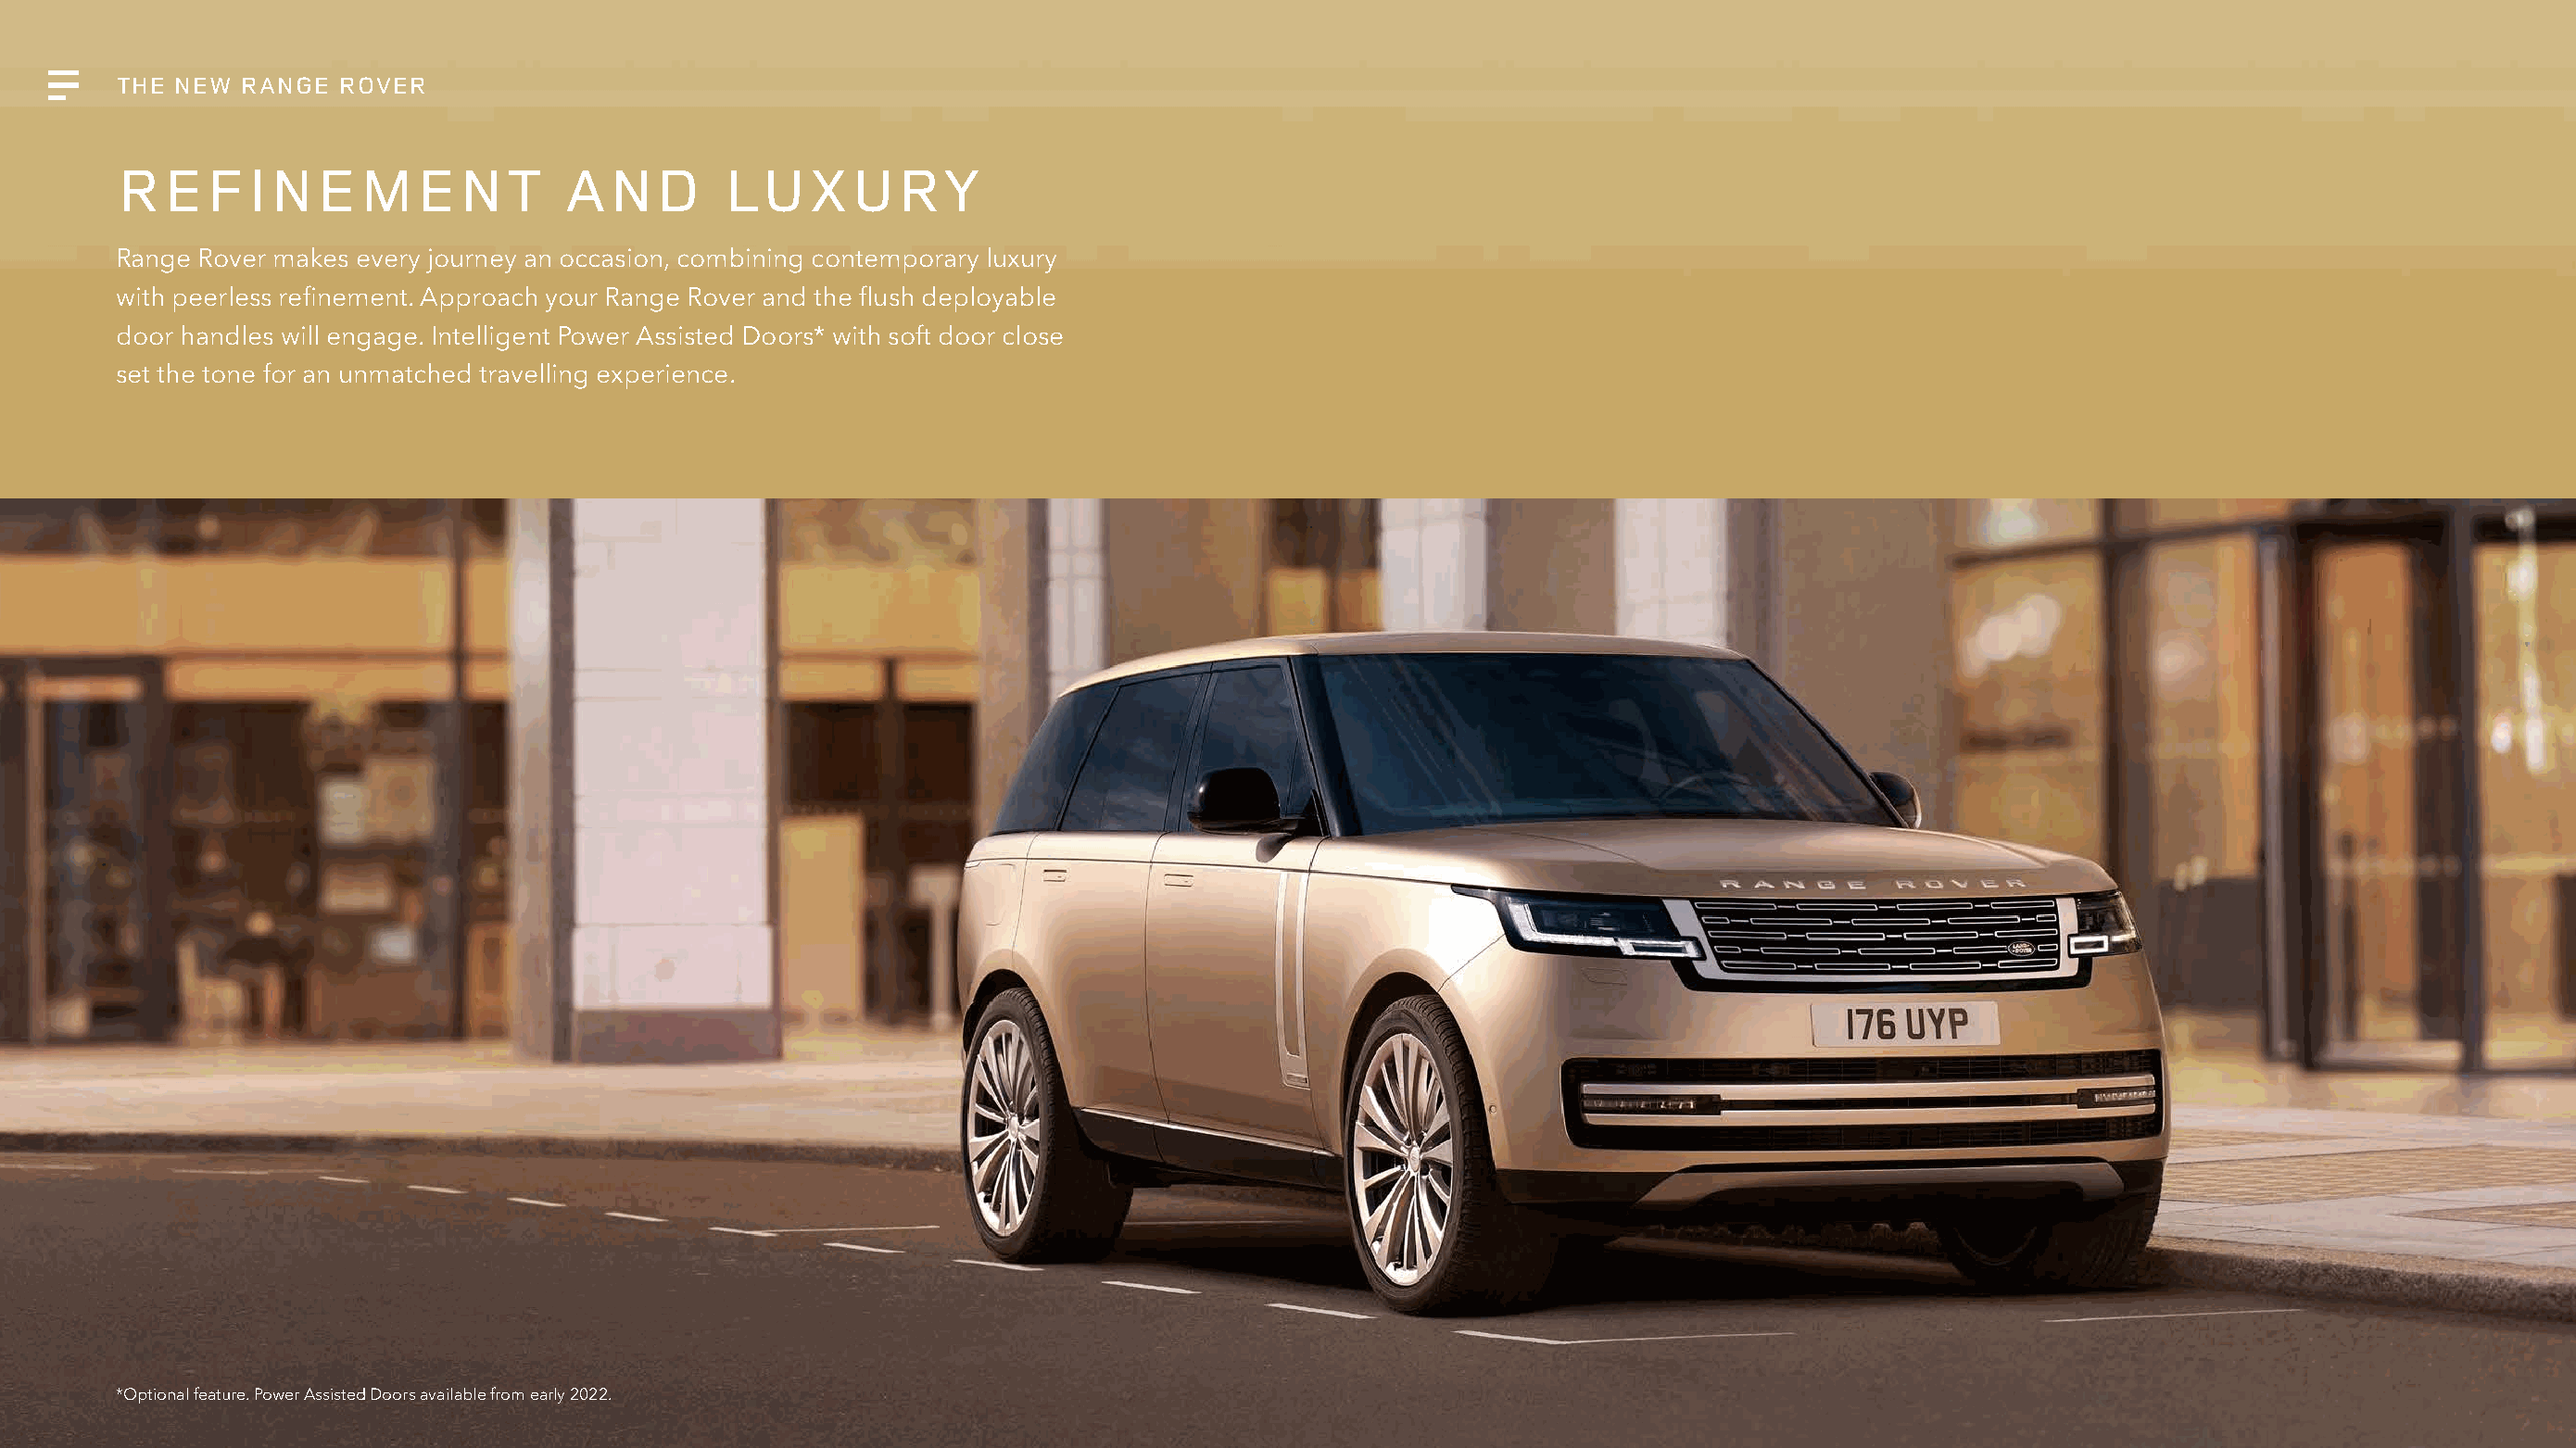
THE NEW  RANGE  ROVER
 REFINEMENT                      AND         LUXURY
 Range Rover makes every journey an occasion, combining contemporary luxury
 with peerless refinement. Approach your Range Rover and the flush deployable
 door handles will engage. Intelligent Power Assisted Doors* with soft door close
 set the tone for an unmatched travelling experience.
 *Optional feature. Power Assisted Doors available from early 2022.